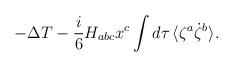
LaTeX: \begin{align*}- \Delta T -\frac{i}{6}H_{abc}x^{c}\int d\tau \, \langle \zeta ^{a}\dot{\zeta}^{b} \rangle .\end{align*}